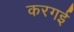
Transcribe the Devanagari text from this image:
करगई